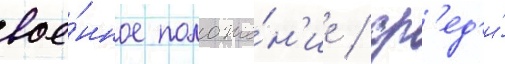
вое́нное положе́н'ие / ср'ед'и́